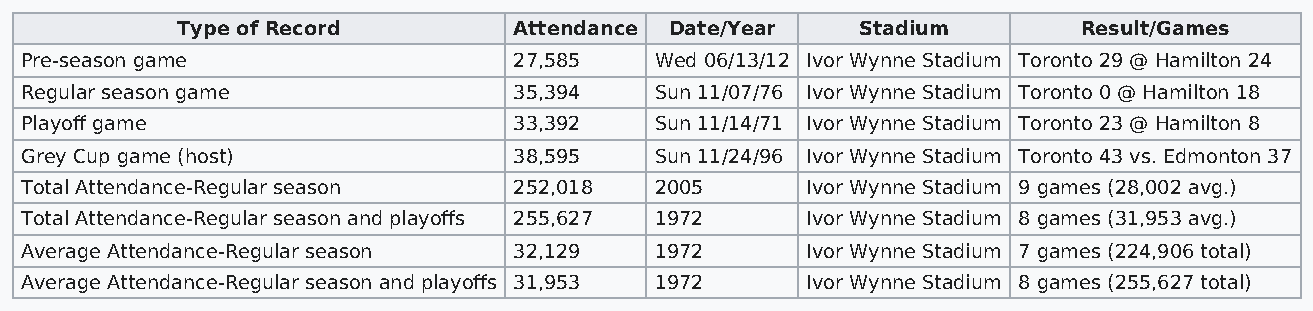
Type of Record        Attendance Date/Year   Stadium        Result/Games
 Pre-season game                  27,585   Wed 06/13/12 Ivor Wynne Stadium Toronto 29 @ Hamilton 24
 Regular season game              35,394   Sun 11/07/76 Ivor Wynne Stadium Toronto 0 @ Hamilton 18
 Playoff game                     33,392   Sun 11/14/71 Ivor Wynne Stadium Toronto 23 @ Hamilton 8
 Grey Cup game (host)             38,595   Sun 11/24/96 Ivor Wynne Stadium Toronto 43 vs. Edmonton 37
 Total Attendance-Regular season  252,018  2005      Ivor Wynne Stadium 9 games (28,002 avg.)
 Total Attendance-Regular season and playoffs 255,627 1972 Ivor Wynne Stadium 8 games (31,953 avg.)
 Average Attendance-Regular season 32,129  1972      Ivor Wynne Stadium 7 games (224,906 total)
 Average Attendance-Regular season and playoffs 31,953 1972 Ivor Wynne Stadium 8 games (255,627 total)